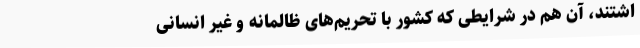
اشتند، آن هم در شرایطی که کشور با تحریم‌های ظالمانه و غیر انسانی